Annual report of the Bengal Veterinary College and of the Civil Veterinary Department, Bengal, for the year 1914-1915 - 1914-1915
Year: 1914
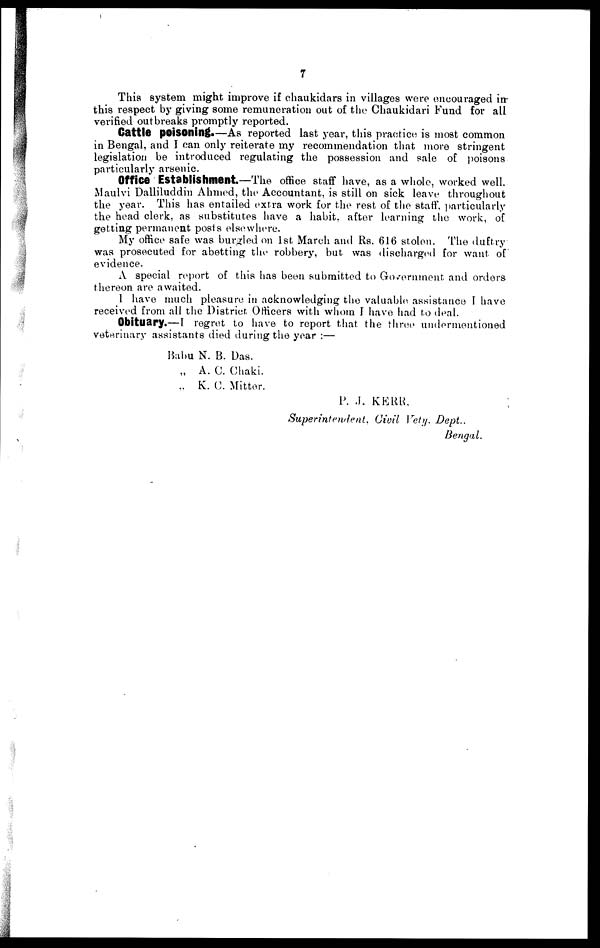
7
This system might improve if chaukidars in villages were encouraged in-
this respect by giving some remuneration out of the Chaukidari Fund for all
verified outbreaks promptly reported.
Cattle poisoning.—As reported last year, this practice is most common
in Bengal, and I can only reiterate my recommendation that more stringent
legislation be introduced regulating the possession and sale of poisons
particularly arsenic.
Office Establishment.—The office staff have, as a whole, worked well.
Maulvi Dalliluddin Ahmed, the Accountant, is still on sick leave throughout
the year. This has entailed extra work for the rest of the staff, particularly
the head clerk, as substitutes have a habit, after learning the work, of
getting permanent posts elsewhere.
My office safe was burgled on 1st March and Rs. 616 stolen. The duftry
was prosecuted for abetting the robbery, but was discharged for want of
evidence.
A special report of this has been submitted to Government and orders
thereon are awaited.
I have much pleasure in acknowledging the valuable assistance 1 have
received from all the District Officers with whom I have had to deal.
Obituary.—I regret to have to report that the three undermentioned
veterinary assistants died during the year :—
Babu N. B. Das.
„ A. C. Chaki.
„ K. C. Mitter.
P. J. KERR.
Superintendent,
Civil Vety. Dept..
Bengal.